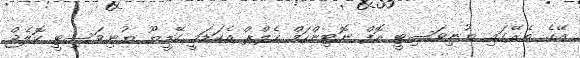
އޭގެ ތެރޭގައި ޔުނިވަސިޓީ އޮފް ނޮޓިންހަމް ހެލްޕް އެކަޑަމީ ކޭޑީޔޫ ޔުނިވަސިޓީ ކޮލެޖް